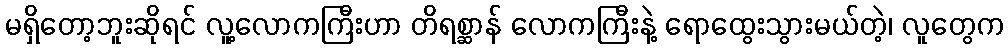
မရှိတော့ဘူးဆိုရင် လူ့လောကကြီးဟာ တိရစ္ဆာန် လောကကြီးနဲ့ ရောထွေးသွားမယ်တဲ့၊ လူတွေက